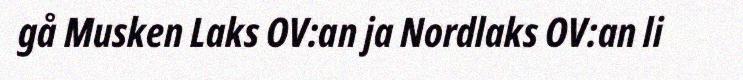
gå Musken Laks OV:an ja Nordlaks OV:an li